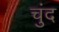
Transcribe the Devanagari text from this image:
चुंद